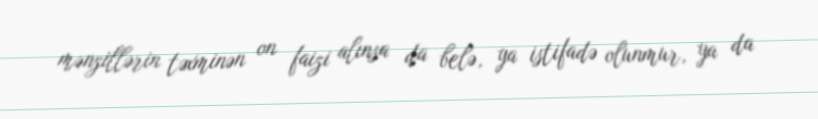
mənzillərin təxminən on faizi alınsa da belə, ya istifadə olunmur, ya da